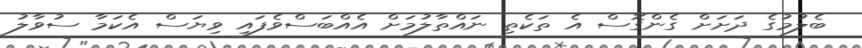
ބެލުމުގެ ދަށަށް ގެންގޮސް އެ ތަކެތި ނައްތާލުމަށް އެއްބަސްވެފައި ވިޔަސް އެކަމާ ސުވާލު